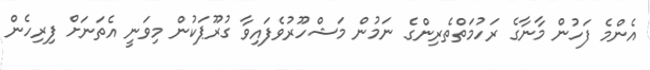
އެންމެ ފަހުން މާނާގެ ރަހުމަތްތެރިންގެ ނަމުން މަޝްހޫރުވެފައިވާ ގުރޫޕަކުން މިވަނީ އެތަނަށް ފިރިހެން